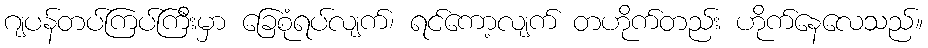
ဂျပန်တပ်ကြပ်ကြီးမှာ ခြေစုံရပ်လျက်၊ ရင်ကော့လျက် တဟိုက်တည်း ဟိုက်နေလေသည်။